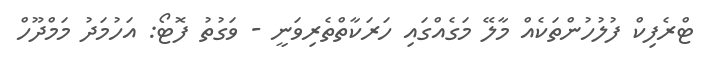
ޓްރެފިކް ފުލުހުންތަކެއް މާލޭ މަގެއްގައި ހަރަކާތްތެރިވަނީ - ވަގުތު ފޮޓޯ: އަހުމަދު މަމްދޫހް